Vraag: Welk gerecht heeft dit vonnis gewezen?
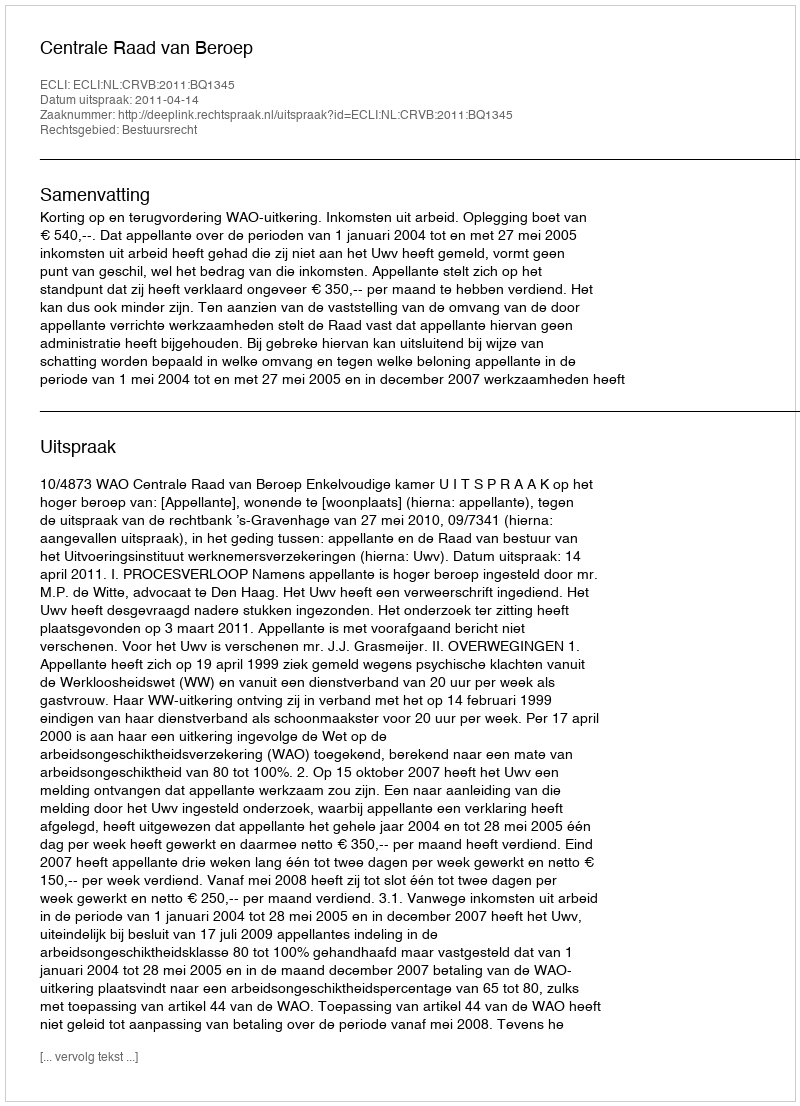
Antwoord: Centrale Raad van Beroep